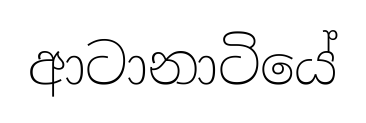
ආටානාටියේ